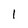
Character: 1